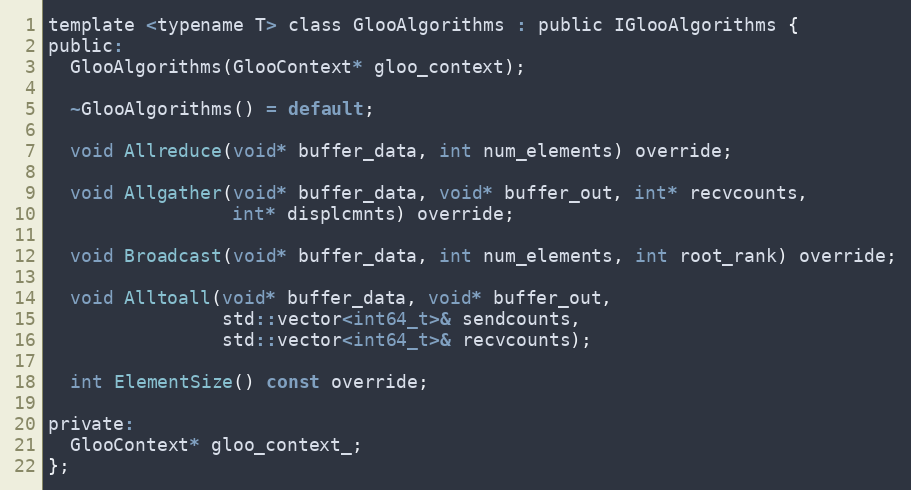
Language: C
template <typename T> class GlooAlgorithms : public IGlooAlgorithms {
public:
  GlooAlgorithms(GlooContext* gloo_context);

  ~GlooAlgorithms() = default;

  void Allreduce(void* buffer_data, int num_elements) override;

  void Allgather(void* buffer_data, void* buffer_out, int* recvcounts,
                 int* displcmnts) override;

  void Broadcast(void* buffer_data, int num_elements, int root_rank) override;

  void Alltoall(void* buffer_data, void* buffer_out,
                std::vector<int64_t>& sendcounts,
                std::vector<int64_t>& recvcounts);

  int ElementSize() const override;

private:
  GlooContext* gloo_context_;
};